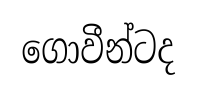
ගොවීන්ටද